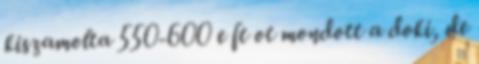
kiszamolta 550-600 e ft ot mondott a doki, de